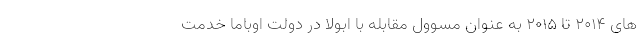
های ۲۰۱۴ تا ۲۰۱۵ به عنوان مسوول مقابله با ابولا در دولت اوباما خدمت